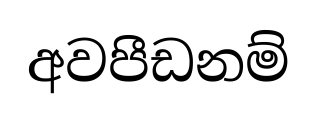
අවපීඩනම්